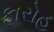
ફારોહ